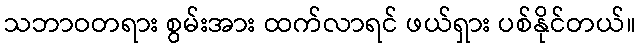
သဘာဝတရား စွမ်းအား ထက်လာရင် ဖယ်ရှား ပစ်နိုင်တယ်။